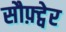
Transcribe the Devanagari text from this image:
सौफ़्ट्वेर